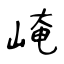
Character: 崦